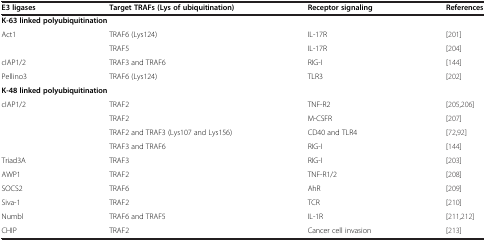
| E3 ligases | Target TRAFs (Lys of ubiquitination) | Receptor signaling | References |
 | --- | --- | --- | --- |
 | <COLSPAN=4> K-63 linked polyubiquitination |
 | Act1 | TRAF6 (Lys124) | IL-17R | [201] |
 |  | TRAF5 | IL-17R | [204] |
 | cIAP1/2 | TRAF3 and TRAF6 | RIG-I | [144] |
 | Pellino3 | TRAF6 (Lys124) | TLR3 | [202] |
 | <COLSPAN=4> K-48 linked polyubiquitination |
 | cIAP1/2 | TRAF2 | TNF-R2 | [205,206] |
 |  | TRAF2 | M-CSFR | [207] |
 |  | TRAF2 and TRAF3 (Lys107 and Lys156) | CD40 and TLR4 | [72,92] |
 |  | TRAF3 and TRAF6 | RIG-I | [144] |
 | Triad3A | TRAF3 | RIG-I | [203] |
 | AWP1 | TRAF2 | TNF-R1/2 | [208] |
 | SOCS2 | TRAF6 | AhR | [209] |
 | Siva-1 | TRAF2 | TCR | [210] |
 | Numbl | TRAF6 and TRAF5 | IL-1R | [211,212] |
 | CHIP | TRAF2 | Cancer cell invasion | [213] |